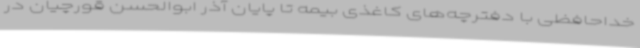
خداحافظی با دفترچه‌های کاغذی بیمه تا پایان آذر ابوالحسن قورچیان در